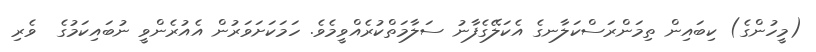
(މީހުންގެ) ކިބައިން ތިމަންރަސްކަލާނގެ އެކަލޭގެފާނު ސަލާމަތްކުރެއްވީމެވެ. ހަމަކަށަވަރުން އެއުރެންވީ ނުބައިކަމުގެ  ވެރި